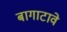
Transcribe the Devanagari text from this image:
बागाटावे